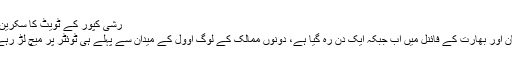
رشی کپور کے ٹویٹ کا سکرین شاٹ
پاکستان اور بھارت کے فائنل میں اب جبکہ ایک دن رہ گیا ہے، دونوں ممالک کے لوگ اوول کے میدان سے پہلے ہی ٹوئٹر پر میچ لڑ رہے ہیں۔